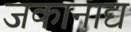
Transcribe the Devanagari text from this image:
जकानाद्य